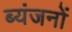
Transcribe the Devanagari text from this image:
ब्यंजनों